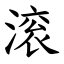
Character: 滚